Lunatic asylums United Prov. 1922-30 - 1922-1930
Year: 1922
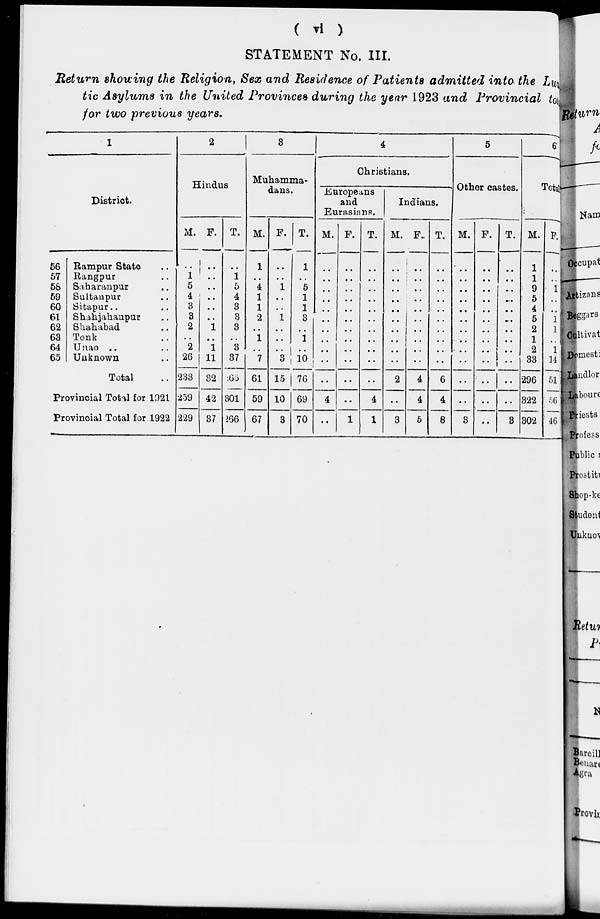
( vi )
STATEMENT No. III.
Return showing the Religion, Sex and Residence of Patients admitted into the Luna-
tic Asylums in the United Provinces during the year 1923 and Provincial totals
for two previous years.
1
District.
56
57
58
59
60
61
62
63
64
65
Rampur State ..
Rangpur ..
Saharanpur ..
Sultanpur ..
Sitapur .. ..
Shahjahanpur ..
Shahabad ..
Tonk ..
Unao .. ..
Unknown ..
Total ..
Provincial Total for 1921
Provincial Total for 1922
2
Hindus
M.
..
1
5
4
3
3
2
..
2
26
233
259
229
F.
..
..
..
..
..
..
1
..
1
11
32
42
37
T.
..
1
5
4
3
8
3
..
3
37
265
301
266
3
Muhamma-
dans.
M.
1
..
4
1
1
2
..
1
..
7
61
59
67
F.
..
..
1
..
..
1
..
..
..
3
15
10
3
T.
1
..
5
1
1
3
..
1
..
10
76
69
70
4
Christians.
Europeans
and
Eurasians.
M.
..
..
..
..
..
..
..
..
..
..
..
4
..
F.
..
..
..
..
..
..
..
..
..
..
..
..
1
T.
..
..
..
..
..
..
..
..
..
..
..
4
1
Indians.
M.
..
..
..
..
..
..
..
..
..
..
2
..
3
F.
..
..
..
..
..
..
..
..
..
..
4
4
5
T.
..
..
..
..
..
..
..
..
..
..
6
4
8
5
Other castes.
M.
..
..
..
..
..
..
..
..
..
..
..
..
3
F.
..
..
..
..
..
..
..
..
..
..
..
..
..
T.
..
..
..
..
..
..
..
..
..
..
..
..
3
6
Total
M.
1
1
9
5
4
5
2
1
2
33
296
322
302
F.
..
..
1
..
..
1
1
..
1
14
51
56
46